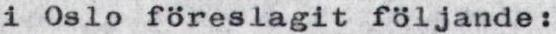
i Oslo föreslagit följande: